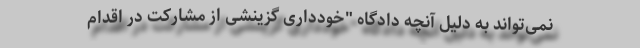
نمی‌تواند به دلیل آنچه دادگاه "خودداری گزینشی از مشارکت در اقدام